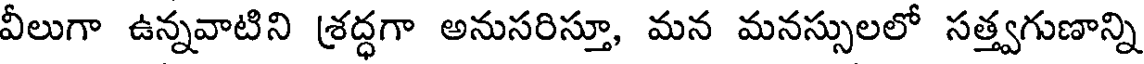
వీలుగా ఉన్నవాటిని శ్రద్ధగా అనుసరిస్తూ, మన మనస్సులలో సత్త్వగుణాన్ని